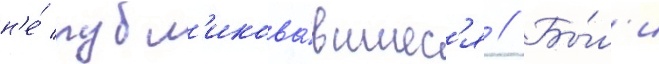
н'е́ публ'икова́вшиес'я // Бы́л'и